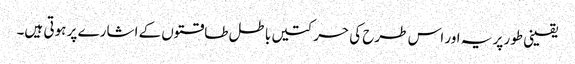
یقینی طور پر یہ اور اس طرح کی حرکتیں باطل طاقتوں کے اشارے پر ہوتی ہیں۔